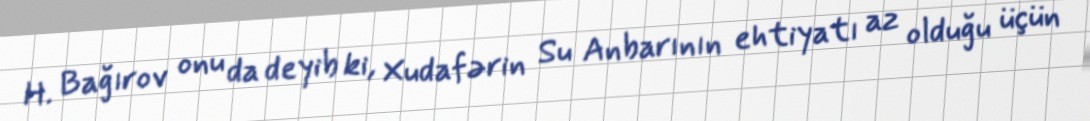
H. Bağırov onu da deyib ki, Xudafərin Su Anbarının ehtiyatı az olduğu üçün